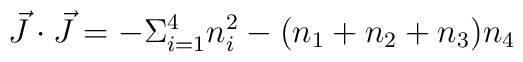
\vec{J} \cdot \vec{J}= -\Sigma_{i=1}^{4}n_{i}^{2}- (n_{1}+n_{2}+n_{3})n_{4}